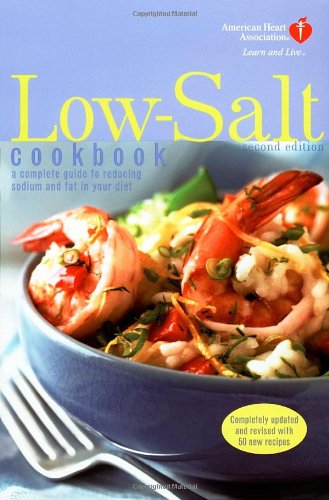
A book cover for American Heart Association Low-Salt Cookbook, Second Edition: A Complete Guide to Reducing Sodium and Fat in Your Diet; American Heart Association; Cookbooks, Food & Wine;